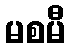
မစမီ